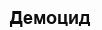
Демоцид